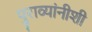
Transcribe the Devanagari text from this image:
पुराव्यांनीशी